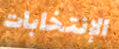
الإنتخابات